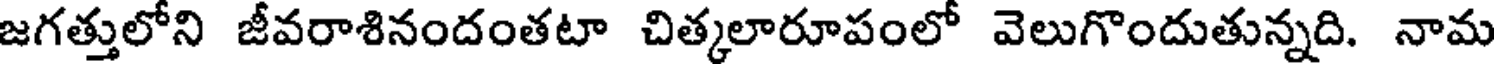
జగత్తులోని జీవరాశినందంతటా చిత్కలారూపంలో వెలుగొందుతున్నది. నామ